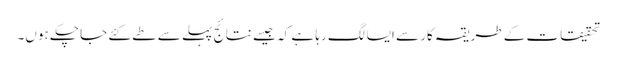
تحقیقات کے طریقہ کار سے ایسا لگ رہا ہے کہ جیسے نتائج پہلے سے طے کئے جا چکے ہوں۔